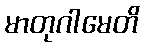
မာတုဂါမေတိ